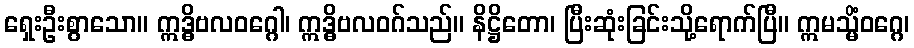
ရှေးဦးစွာသော။ ဣဒ္ဓိဗလဝဂ္ဂေါ၊ ဣဒ္ဓိဗလဝဂ်သည်။ နိဋ္ဌိတော၊ ပြီးဆုံးခြင်းသို့ရောက်ပြီ။ ဣမသ္မိံဝဂ္ဂေ၊